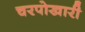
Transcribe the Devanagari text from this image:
चरपोखारी